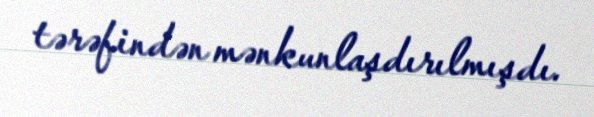
tərəfindən mənkunlaşdırılmışdı.